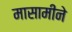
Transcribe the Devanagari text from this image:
मासामीने